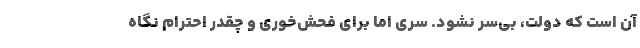
آن است که دولت، بی‌سر نشود. سری اما برای فحش‌خوری و چقدر احترام نگاه